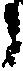
々